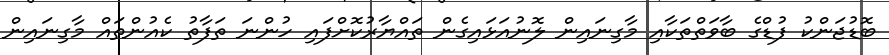
ބޮޑުޖަންކު ފުޑްގެ ބާވަތްތަކާއި މާގިނައިން ލޮނުއަޅައިގެން ތައްޔާރުކޮށްފައި ހުންނަ ތަފާތު ކެއުންތައް މާގިނައިން